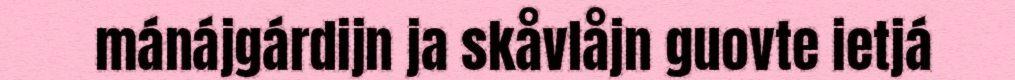
mánájgárdijn ja skåvlåjn guovte ietjá